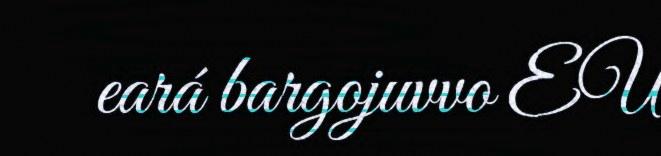
eará bargojuvvo EU